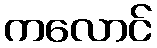
ကလောင်